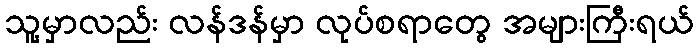
သူ့မှာလည်း လန်ဒန်မှာ လုပ်စရာတွေ အများကြီးရယ်